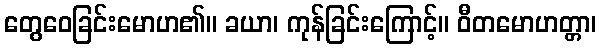
တွေဝေခြင်းမောဟ၏။ ခယာ၊ ကုန်ခြင်းကြောင့်။ ဝီတမောဟတ္တာ၊